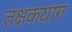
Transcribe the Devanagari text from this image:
तक्षकयाग